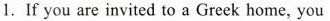
1.If you are invited to a Greek home, you